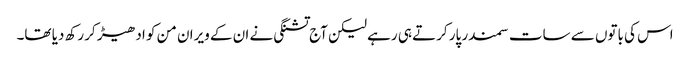
اس کی باتوں سے سات سمندر پار کرتے ہی رہے لیکن آج تشنگی نے ان کے ویران من کو ادھیڑ کر رکھ دیا تھا۔